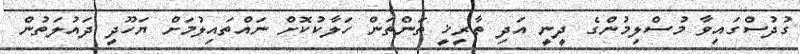
ގުދުސްގައިވާ މުސްލިމުންގެ ދީނީ އަދި ތާރީޚީ ތަންތަން ހަލާކުކޮށް ނައްތައިލުމަށް ޔަހޫދީ ދައުލަތުން